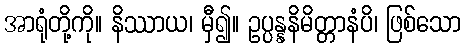
အာရုံတို့ကို။ နိဿာယ၊ မှီ၍။ ဥပ္ပန္နနိမိတ္တာနံပိ၊ ဖြစ်သော